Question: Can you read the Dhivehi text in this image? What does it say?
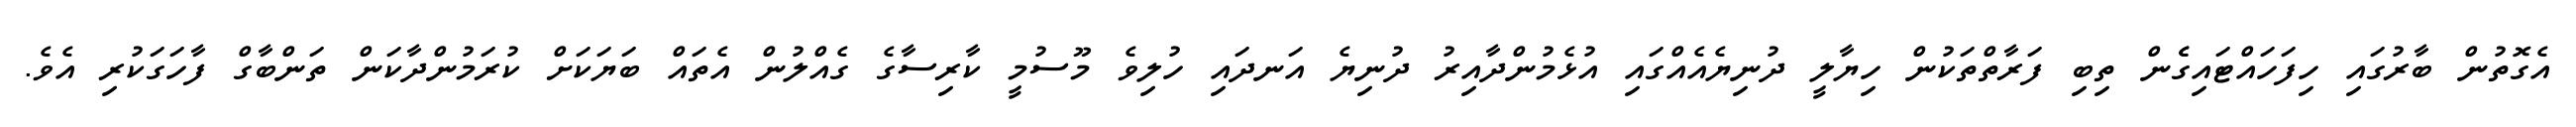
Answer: އެގޮތުން ބާރުގައި ހިފަހައްޓައިގެެން ތިބި ފަރާތްތަކުން ހިޔާލީ ދުނިޔެއެއްގައި އުޅެމުންދާއިރު ދުނިޔެ އަނދައި ހުލިވެ މޫސުމީ ކާރިސާގެ ގެއްލުން އެތައް ބަޔަކަށް ކުރަމުންދާކަން ތަންބާގް ފާހަގަކުރި އެވެ.